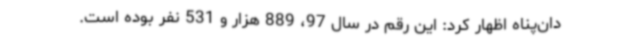
دان‌پناه اظهار کرد: این رقم در سال 97، 889 هزار و 531 نفر بوده است.